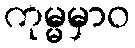
ကုမ္မမှာဝ